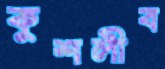
কুশলীব